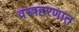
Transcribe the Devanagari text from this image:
वस्त्रहरणात